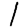
Digit: 1